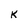
Character: K